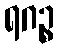
ရဂဉ္စ